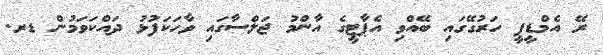
ރޭ އެމްޑީޕީ ހަރުގޭގައި ބޭއްވި އެޕާޓީގެ އާންމު ޖަލްސާގައި ވާހަކަފުޅު ދައްކަވަމުން ޑރ.